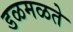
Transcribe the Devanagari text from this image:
डळमळते